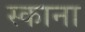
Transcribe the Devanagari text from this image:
स्काना